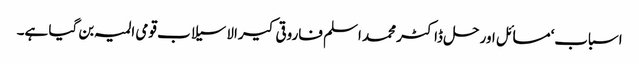
اسباب‘مسائل اور حل ڈاکٹر محمد اسلم فاروقی کیرالا سیلاب قومی المیہ بن گیا ہے۔